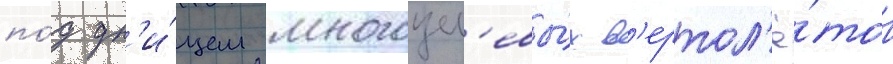
по́д дн'и́щем многоцел'евы́х в'ертол'ё́тов